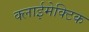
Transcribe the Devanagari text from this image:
क्लाईमेक्टिक